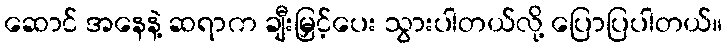
ဆောင် အနေနဲ့ ဆရာက ချီးမြှင့်ပေး သွားပါတယ်လို့ ပြောပြပါတယ်။